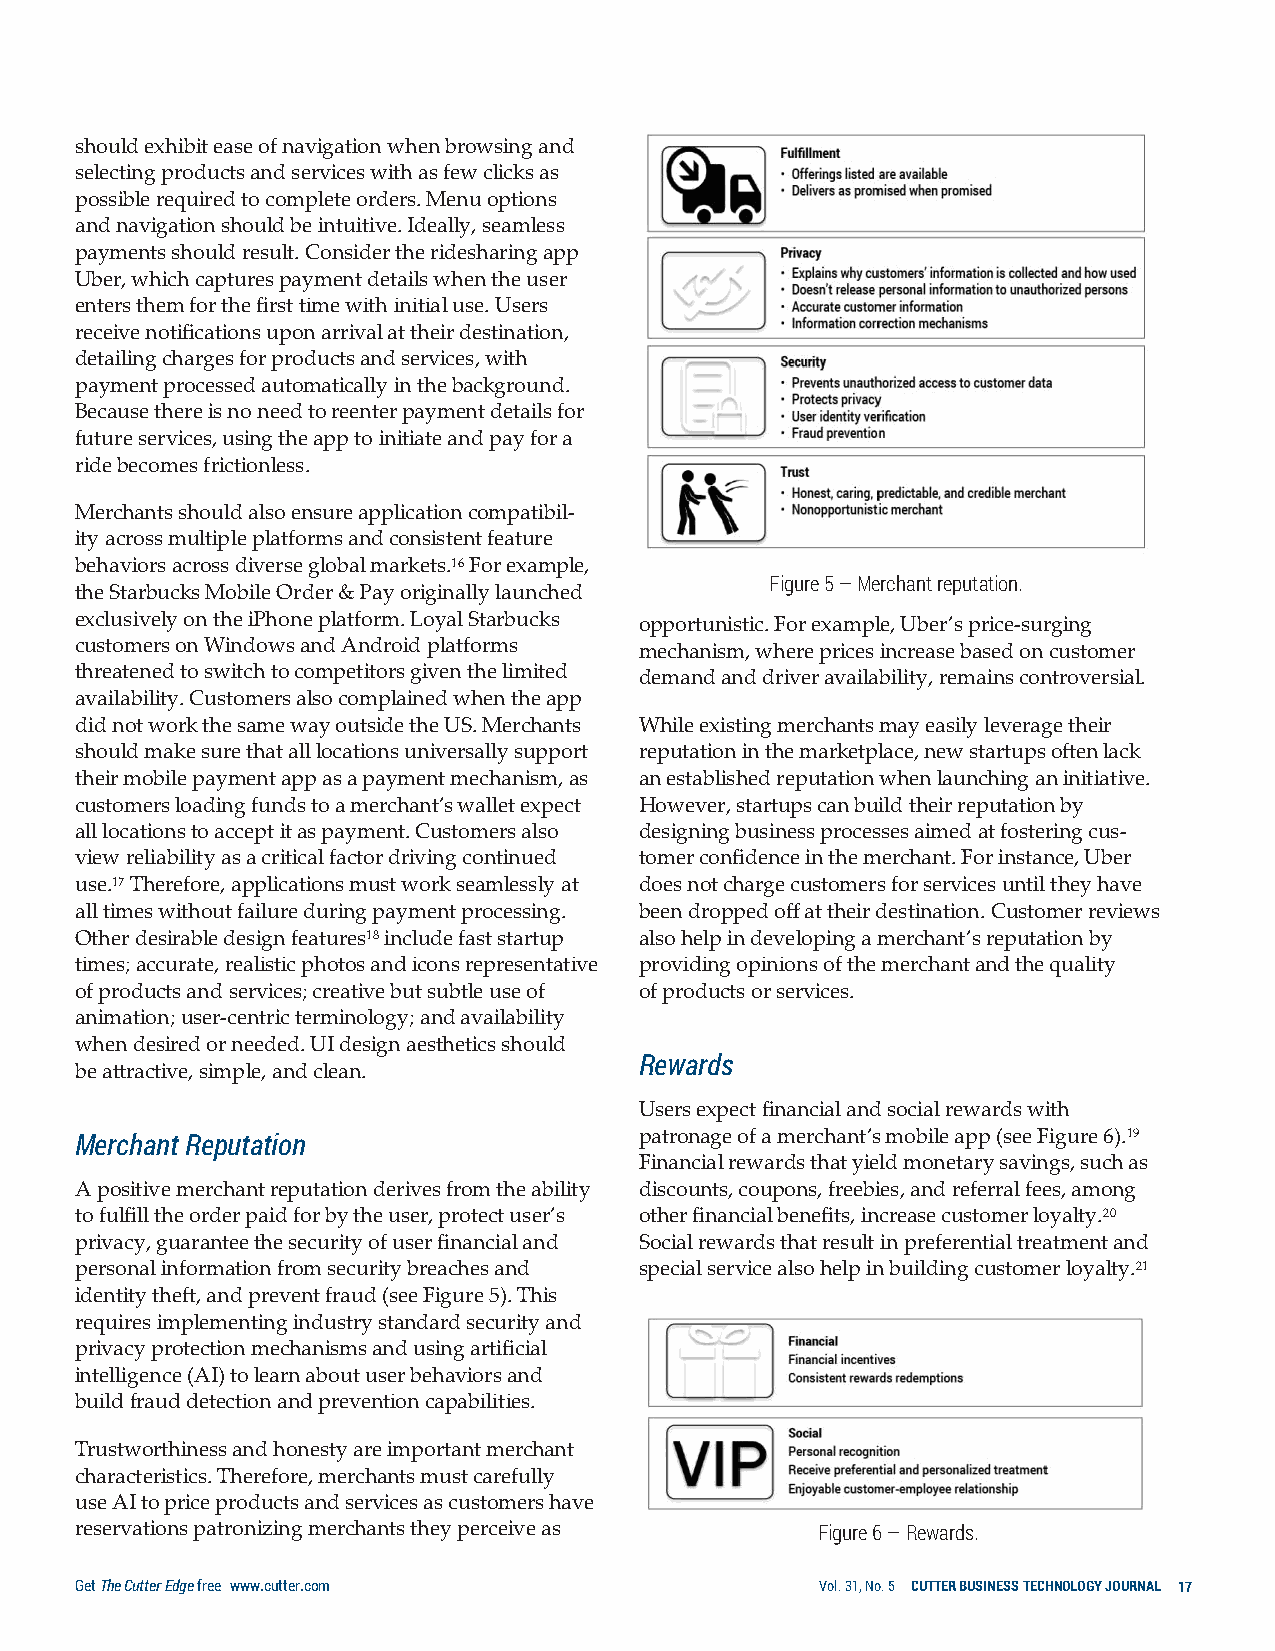
should exhibit ease of navigation when browsing and
 selecting products and services with as few clicks as
 possible required to complete orders. Menu options
 and navigation should be intuitive. Ideally, seamless
 payments should result. Consider the ridesharing app
 Uber, which captures payment details when the user
 enters them for the first time with initial use. Users
 receive notifications upon arrival at their destination,
 detailing charges for products and services, with
 payment processed automatically in the background.
 Because there is no need to reenter payment details for
 future services, using the app to initiate and pay for a
 ride becomes frictionless.
 Merchants should also ensure application compatibil-
 ity across multiple platforms and consistent feature
 behaviors across diverse global markets.16 For example,
 Figure 5 — Merchant reputation.
 the Starbucks Mobile Order & Pay originally launched
 exclusively on the iPhone platform. Loyal Starbucks opportunistic. For example, Uber’s price-surging
 customers on Windows and Android platforms mechanism, where prices increase based on customer
 threatened to switch to competitors given the limited demand and driver availability, remains controversial.
 availability. Customers also complained when the app
 did not work the same way outside the US. Merchants While existing merchants may easily leverage their
 should make sure that all locations universally support reputation in the marketplace, new startups often lack
 their mobile payment app as a payment mechanism, as an established reputation when launching an initiative.
 customers loading funds to a merchant’s wallet expect However, startups can build their reputation by
 all locations to accept it as payment. Customers also designing business processes aimed at fostering cus-
 view reliability as a critical factor driving continued tomer confidence in the merchant. For instance, Uber
 use.17 Therefore, applications must work seamlessly at does not charge customers for services until they have
 all times without failure during payment processing. been dropped off at their destination. Customer reviews
 Other desirable design features18 include fast startup also help in developing a merchant’s reputation by
 times; accurate, realistic photos and icons representative providing opinions of the merchant and the quality
 of products and services; creative but subtle use of of products or services.
 animation; user-centric terminology; and availability
 when desired or needed. UI design aesthetics should
 Rewards
 be attractive, simple, and clean.
 Users expect financial and social rewards with
 Merchant Reputation                  patronage of a merchant’s mobile app (see Figure 6).19
 Financial rewards that yield monetary savings, such as
 A positive merchant reputation derives from the ability discounts, coupons, freebies, and referral fees, among
 to fulfill the order paid for by the user, protect user’s other financial benefits, increase customer loyalty.20
 privacy, guarantee the security of user financial and Social rewards that result in preferential treatment and
 personal information from security breaches and special service also help in building customer loyalty.21
 identity theft, and prevent fraud (see Figure 5). This
 requires implementing industry standard security and
 privacy protection mechanisms and using artificial
 intelligence (AI) to learn about user behaviors and
 build fraud detection and prevention capabilities.
 Trustworthiness and honesty are important merchant
 characteristics. Therefore, merchants must carefully
 use AI to price products and services as customers have
 reservations patronizing merchants they perceive as Figure 6 — Rewards.
 Get The Cutter Edge free www.cutter.com          Vol. 31, No. 5 CUTTER BUSINESS TECHNOLOGY JOURNAL 17